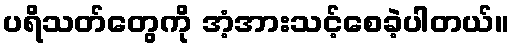
ပရိသတ်တွေကို အံ့အားသင့်စေခဲ့ပါတယ်။